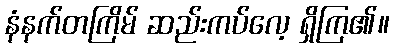
နံနက်တကြိမ် ဆည်းကပ်လေ့ ရှိကြ၏။